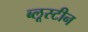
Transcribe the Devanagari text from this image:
ब्लूस्टीन